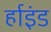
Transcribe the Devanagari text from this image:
र्हाइंड